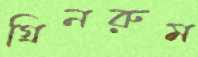
গ্রিনরুম